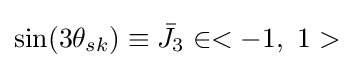
\sin(3{{\theta }_{sk}})\equiv {{\bar {J}}_{3}}\in <-1,\ 1>